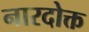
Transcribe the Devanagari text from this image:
नारदोक्त